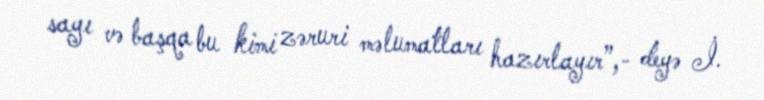
sayı və başqa bu kimi zəruri məlumatları hazırlayır”,- deyə İ.